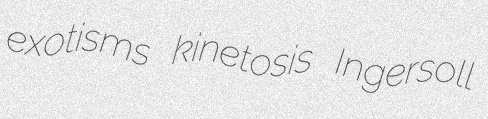
exotisms kinetosis Ingersoll